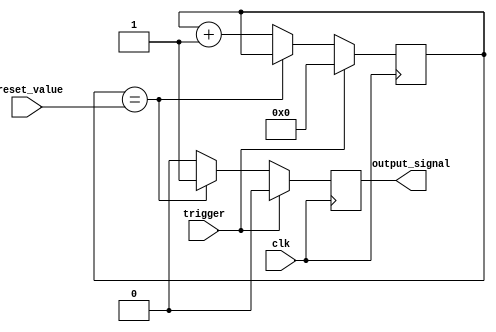
module one_shot_timer(
    input trigger,
    input [7:0] preset_value,
    input clk,
    output reg output_signal
);

reg [7:0] counter;

always @(posedge clk) begin
    if (trigger) begin
        counter <= 8'd0;
        output_signal <= 1'b0;
    end else begin
        if (counter == preset_value) begin
            output_signal <= 1'b1;
        end else begin
            output_signal <= 1'b0;
            counter <= counter + 1;
        end
    end
end
    
endmodule